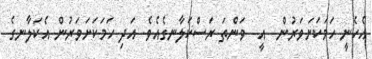
އެހެނީ ހަމަކަށަވަރުން  އީ  ވަންތަ ރަސްކަލާނގެއެވެ. އަދި ހަމަކަށަވަރުން އެކަލާނގެ